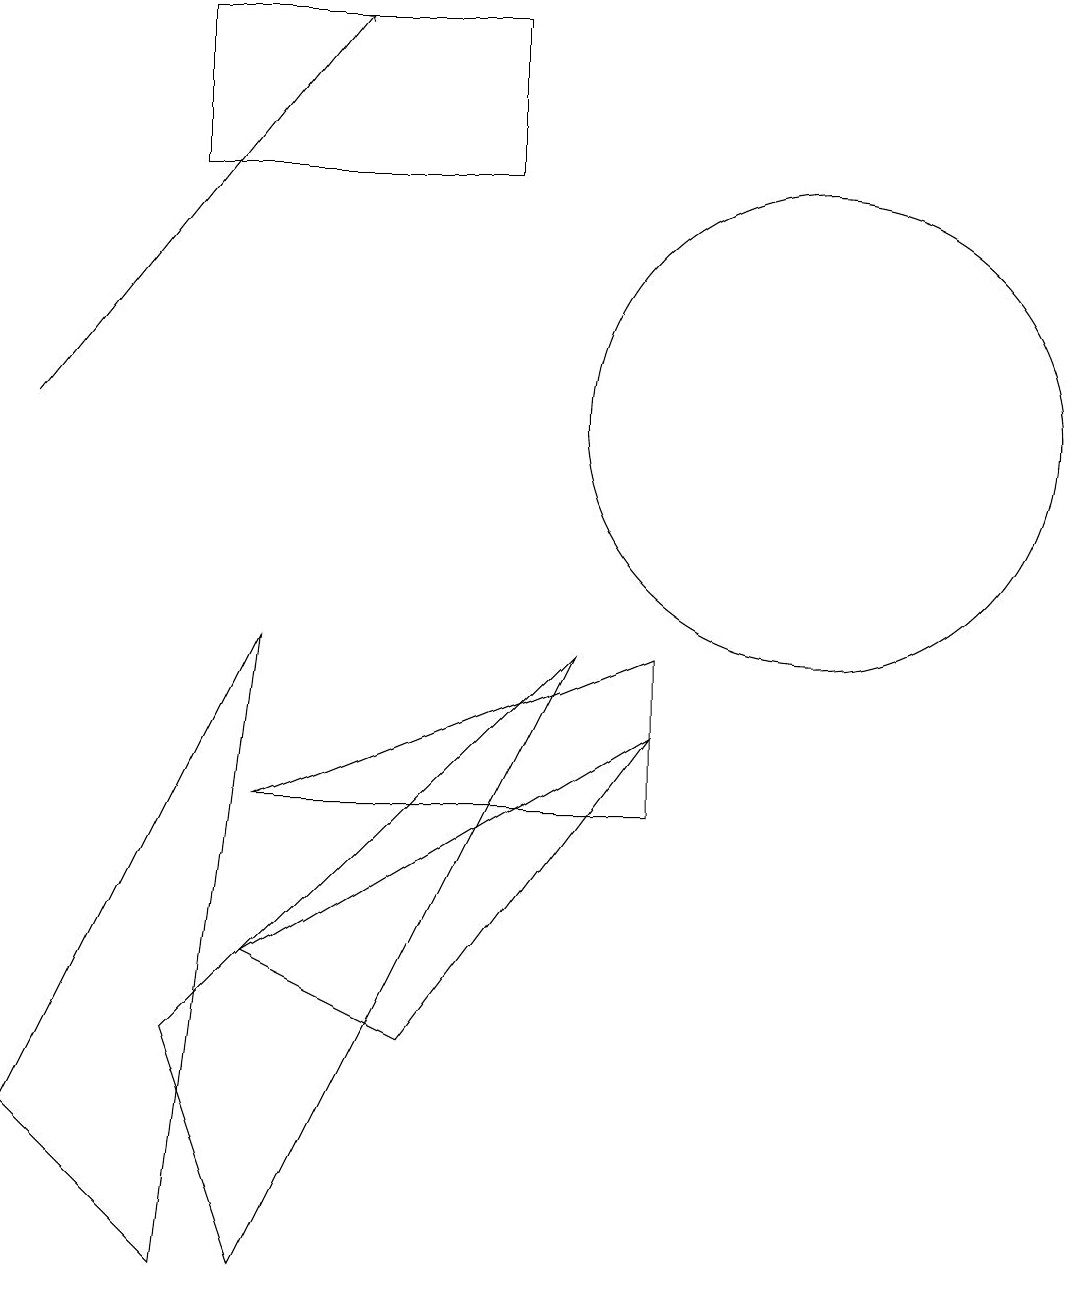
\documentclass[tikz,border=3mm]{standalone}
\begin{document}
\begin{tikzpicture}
\draw (5,3) -- (3,4) -- (8,7) -- cycle;
\draw (8,8) -- (3,6) -- (8,6) -- cycle;
\draw (7,8) -- (3,0) -- (2,3) -- cycle;
\draw (0,2) -- (3,8) -- (2,0) -- cycle;
\draw[->] (0,11) -- (4,16);
\draw (10,11) circle (3);
\draw (2,14) rectangle (6,16);
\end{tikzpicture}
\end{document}